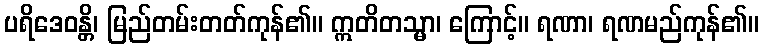
ပရိဒေဝန္တိ၊ မြည်တမ်းတတ်ကုန်၏။ ဣတိတသ္မာ၊ ကြောင့်။ ရဏာ၊ ရဏမည်ကုန်၏။